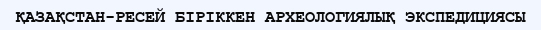
ҚАЗАҚСТАН-РЕСЕЙ БІРІККЕН АРХЕОЛОГИЯЛЫҚ ЭКСПЕДИЦИЯСЫ